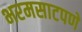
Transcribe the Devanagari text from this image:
भरमसाटपणे